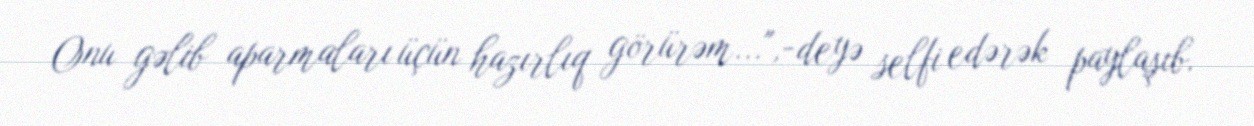
Onu gəlib aparmaları üçün hazırlıq görürəm...",-deyə selfi edərək paylaşıb.